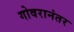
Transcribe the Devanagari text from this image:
गोवरानंतर